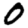
Digit: 0